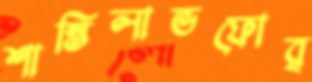
শান্তিলাভফোর্